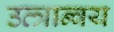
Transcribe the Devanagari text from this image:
उत्त्रान्वय